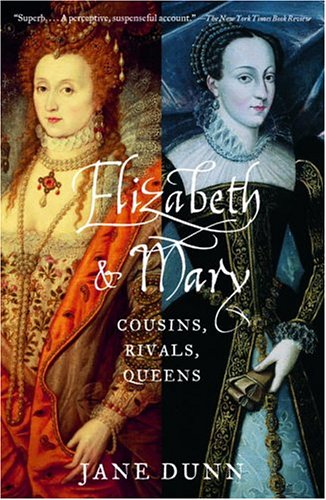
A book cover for Elizabeth and Mary: Cousins, Rivals, Queens; Jane Dunn; Biographies & Memoirs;